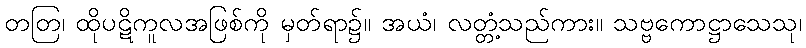
တတြ၊ ထိုပဋိကူလအဖြစ်ကို မှတ်ရာ၌။ အယံ၊ လတ္တံ့သည်ကား။ သဗ္ဗကောဋ္ဌာသေသု၊